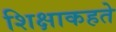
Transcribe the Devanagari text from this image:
शिक्षाकहते